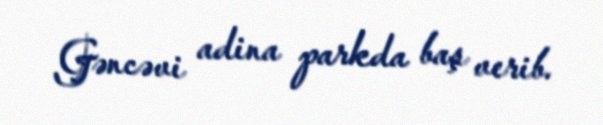
Gəncəvi adina parkda baş verib.